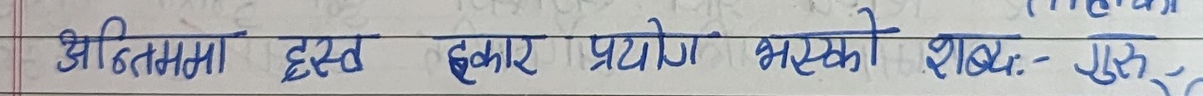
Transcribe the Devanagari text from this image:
अन्तिममा हस्त हकार प्रयोग भएको शब्द:- गुस्सै